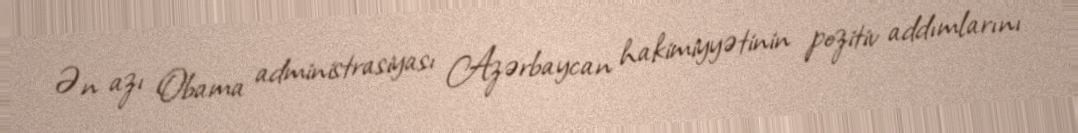
Ən azı Obama administrasiyası Azərbaycan hakimiyyətinin pozitiv addımlarını